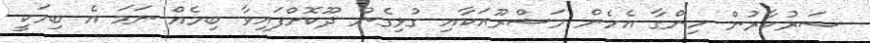
ސަރުކާރުން ހިންގާ އެހެން މަޝްރޫއަކާއި ގުޅިގެން ދޫކޮށްފައިވާ ބިމެއް ނަމަ އެ ބިމަކީ